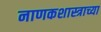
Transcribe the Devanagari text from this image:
नाणकशास्त्राच्या